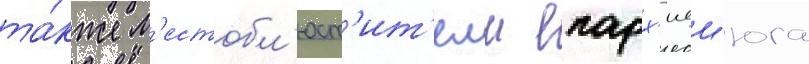
та́кже м'естобл'юст'ит'елм епарх'иеи юга